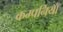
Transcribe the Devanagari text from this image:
कम्पनियोँ